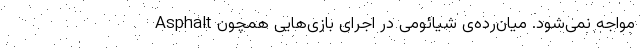
مواجه نمی‌شود. میان‌رده‌ی شیائومی در اجرای بازی‌هایی همچون Asphalt